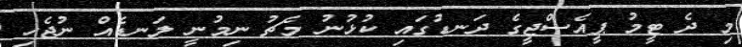
މި ދެ ޓީމު ޕީއެސްޖީގެ ދަނޑުގައި ކުޅުނު މެޗު ނިމުނީ ލަނޑެއް ނުޖެހި